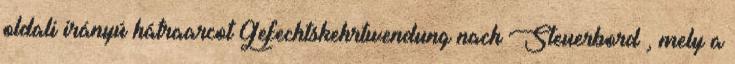
oldali irányú hátraarcot Gefechtskehrtwendung nach Steuerbord , mely a